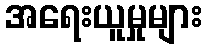
အရေးယူမှုများ